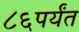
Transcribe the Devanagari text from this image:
८६पर्यंत